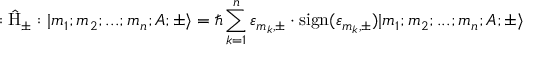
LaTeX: : \hat { \mathrm { H } } _ { \pm } : | m _ { 1 } ; m _ { 2 } ; . . . ; m _ { n } ; A ; \pm \rangle = \hbar \sum _ { k = 1 } ^ { n } { \varepsilon } _ { m _ { k } , \pm } \cdot \mathrm { s i g n } ( { \varepsilon } _ { m _ { k } , \pm } ) | m _ { 1 } ; m _ { 2 } ; . . . ; m _ { n } ; A ; \pm \rangle